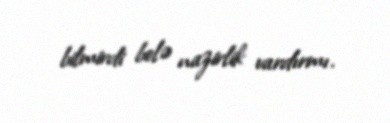
bilmirdi belə nazirlik vardırmı.